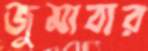
জুমাবার